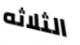
الثلاثه